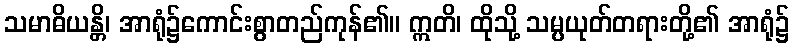
သမာဓိယန္တိ၊ အာရုံ၌ကောင်းစွာတည်ကုန်၏။ ဣတိ၊ ထိုသို့ သမ္ပယုတ်တရားတို့၏ အာရုံ၌